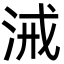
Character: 㳦